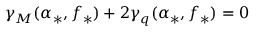
\gamma _ { M } ( \alpha _ { * } , f _ { * } ) + 2 \gamma _ { q } ( \alpha _ { * } , f _ { * } ) = 0